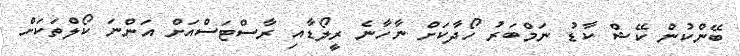
ބޭންކުން ކޭޝް ކާޑު ނަމްބަރު ހޯދާކަށް ނާހާނެ ރީލޯޑާއި ރާސްޓަސްއަށް އަންނަ ކޯލްތަކަށް